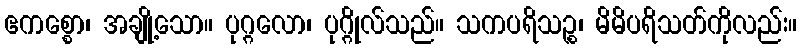
ဧကစ္စော၊ အချို့သော။ ပုဂ္ဂလော၊ ပုဂ္ဂိုလ်သည်။ သကပရိသဉ္စ၊ မိမိပရိသတ်ကိုလည်း။